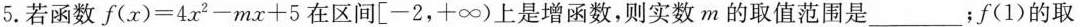
5.若函数$$f(x) = 4 x^{2} - m x + 5$$在区间[-2，+∞)上是增函数，则实数m的取值范围是___；f(1)的取